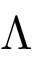
\Lambda